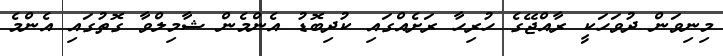
މިނިވަން ދުވަހަކީ ރާއްޖޭގެ ހުރިހާ ރަށެއްގައި ކުދިބޮޑު އެންމެން ޝާމިލްވާ ގޮތުގައި އެންމެ